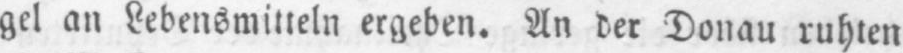
gel an Lebensmitteln ergeben. An der Donau ruhten